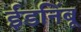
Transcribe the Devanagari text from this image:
ईडनिंबू